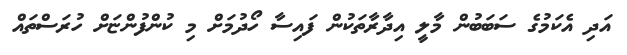
އަދި އެކަމުގެ ސަބަބުން މާލީ އިދާރާތަކުން ފައިސާ ހޯދުމަށް މި ކުންފުންޏަށް ހުރަސްތައް